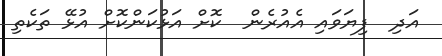
އަދި  ފިޔަވައި އެއުރެން  ކޮށް އަޅުކަންކޮށް އުޅޭ ތަކެތި